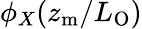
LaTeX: \phi_{X}(z_{\mathrm{m}}/L_{\mathrm{O}})